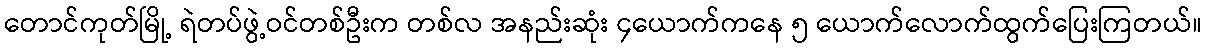
တောင်ကုတ်မြို့ ရဲတပ်ဖွဲ့ဝင်တစ်ဦးက တစ်လ အနည်းဆုံး ၄ယောက်ကနေ ၅ ယောက်လောက်ထွက်ပြေးကြတယ်။